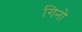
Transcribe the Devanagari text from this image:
गिनो